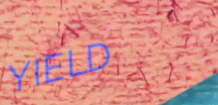
YIELD